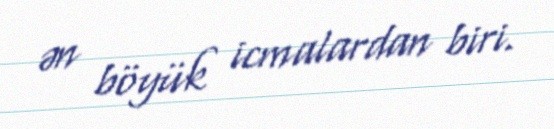
ən böyük icmalardan biri.